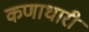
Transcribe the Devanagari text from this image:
कणाधारी